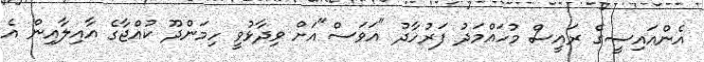
އެންއައިސީގެ ރައީސް މުހައްމަދު ފަރުހާދު "އަވަސް"އަށް ވިދާޅުވީ ހިމަންދޫ ކުއްޖާގެ އާއިލާއިން އެ